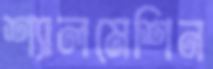
শ্যালমেশিন